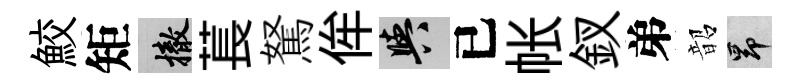
鮫矩撤萇駑侔阳已帐釵弟韶昂